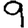
Digit: 9